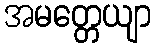
အမတ္တေယျာ